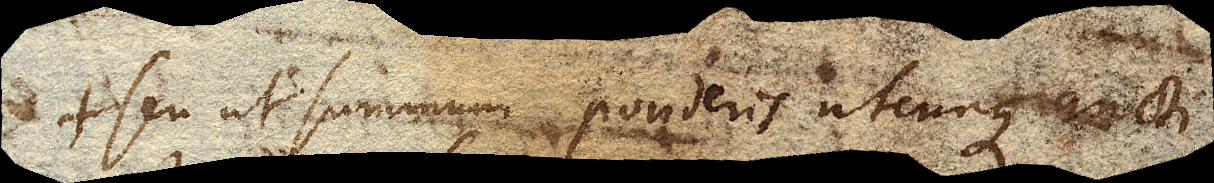
+ seu ut summum ponderis utcunque aucti